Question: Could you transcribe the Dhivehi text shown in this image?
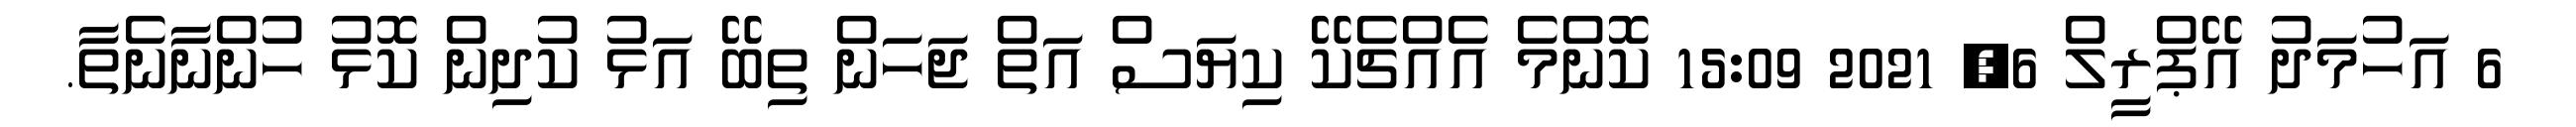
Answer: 6 އަހުމަދު އޭޕްރީލް 6, 2021 15:09 ކޮންމެ އެއްޗެކޭ ކިޔަސް އަތް ޖަހަން ތިބޭ އަޅު ކުދިން ކޮޅު ހުންނާނެތާ.